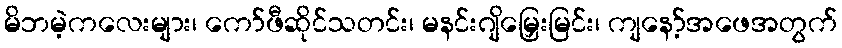
မိဘမဲ့ကလေးများ၊ ကော်ဖီဆိုင်သတင်း၊ မနင်းဂျိမြှေးမြင်း၊ ကျနော့်အဖေအတွက်